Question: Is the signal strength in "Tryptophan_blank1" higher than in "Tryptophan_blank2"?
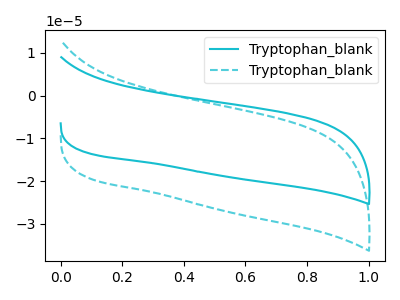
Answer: <think>The cyan curve "Tryptophan_blank1" has no peaks. The cyan dashed curve "Tryptophan_blank2" has no peaks.
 Neither "Tryptophan_blank1" or "Tryptophan_blank2" have any peaks.</think>
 <answer>I cant tell if "Tryptophan_blank1" or "Tryptophan_blank2" has more signal.</answer>
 <eval>mixed_signal</eval>